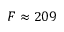
F \approx 2 0 9